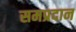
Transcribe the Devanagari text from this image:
समप्रदान